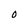
Character: O